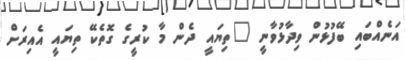
އަނެއްބައި ބޭފުޅުން ވިދާޅުވާނީ "ތިޔައީ ދެން މާ ކުރީގެ ގޮތެކޭ ތިޔައީ އެއިރަށް